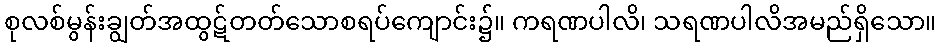
စုလစ်မွန်းချွတ်အထွဋ်တတ်သောစရပ်ကျောင်း၌။ ကရဏပါလိ၊ သရဏပါလိအမည်ရှိသော။